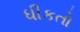
ધીકતો